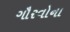
ગૌરવોના